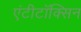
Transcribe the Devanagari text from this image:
एंटीटॉक्सिन